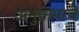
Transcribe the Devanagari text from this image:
अनुक्रमाचे